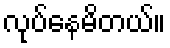
လုပ်နေမိတယ်။